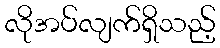
လိုအပ်လျက်ရှိသည့်